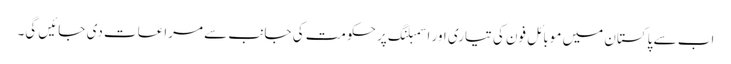
اب سے پاکستان میں موبائل فون کی تیاری اور اسمبلنگ پر حکومت کی جانب سے مراعات دی جائیں گی۔